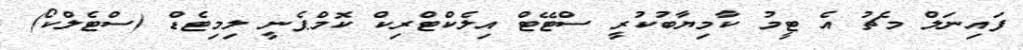
ފައިނަލް މެޗު އެ ޓީމު ކާމިޔާބުކުރީ ސްޓޭޓް އިލެކްޓްރިކް ކޮމްޕެނީ ލިމިޓެޑް (ސްޓެލްކޯ)